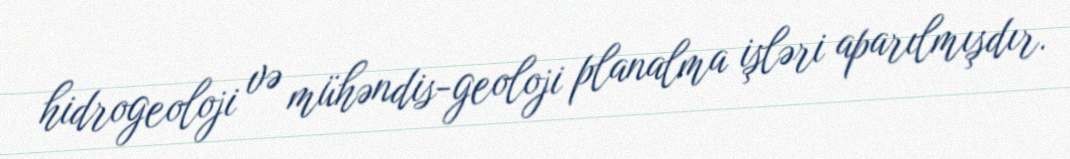
hidrogeoloji və mühəndis-geoloji planalma işləri aparılmışdır.